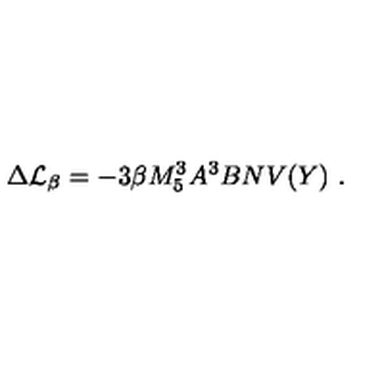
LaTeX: \Delta { \cal L } _ { \beta } = - 3 \beta M _ { 5 } ^ { 3 } A ^ { 3 } B N V ( Y ) \ .